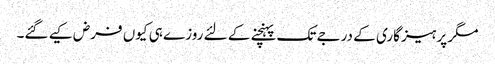
مگر پرہیز گاری کے درجے تک پہنچنے کے لئے روزے ہی کیوں فرض کیے گئے۔